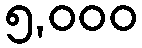
၅,၀၀၀